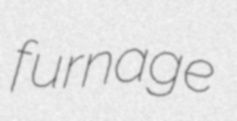
furnage